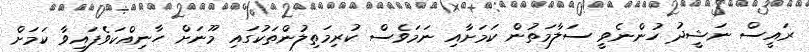
ރައީސް ނަޝީދު ހުންނެވީ ސަލާމަތުން ކަމަށާއި ނަމަވެސް ކުރިމަތިލުންތަކުގައި މޫނަށް ހާނިއްކަވެފައިވާ ކަމަށް